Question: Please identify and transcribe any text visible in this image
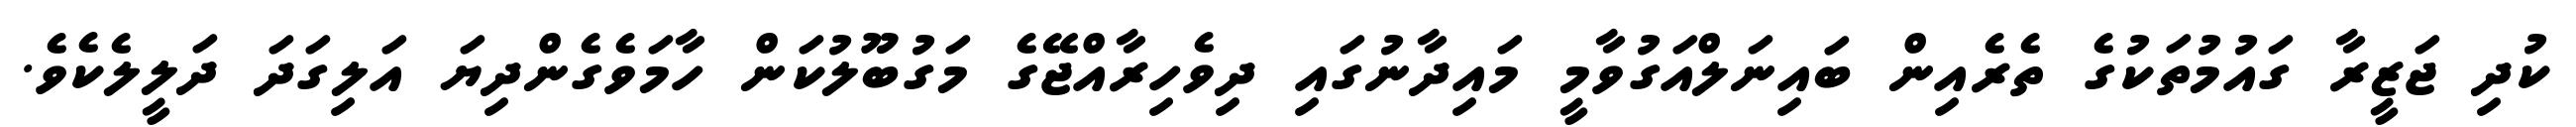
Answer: ކުދި ޖަޒީރާ ގައުމުތަކުގެ ތެރެއިން ބައިނަލްއަގުވާމީ މައިދާނުގައި ދިވެހިރާއްޖޭގެ މަގުބޫލުކަން ހާމަވެގެންދިޔަ އަލިގަދަ ދަލީލެކެވެ.